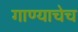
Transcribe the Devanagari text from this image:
गाण्याचेच